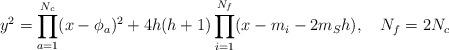
LaTeX: \begin{align*}y^2=\prod_{a=1}^{N_c}(x-\phi_a)^2+4h(h+1)\prod_{i=1}^{N_f}(x-m_i-2m_S h), ~~~N_f=2N_c\end{align*}